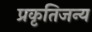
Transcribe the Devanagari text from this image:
प्रकृतिजन्य